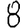
Digit: 8